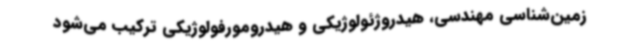
زمین‌شناسی مهندسی، هیدروژئولوژیکی و هیدرومورفولوژیکی ترکیب می‌شود